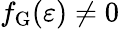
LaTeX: f_{\mathrm{G}}(\varepsilon)\neq 0